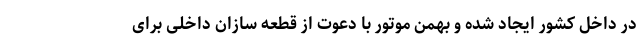
در داخل کشور ایجاد شده و بهمن موتور با دعوت از قطعه سازان داخلی برای